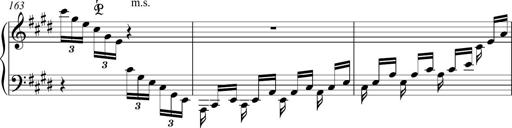
Title: Funeral March and Sonatina
Composer: Thomas Hellemans
Key: C-sharp minor